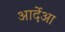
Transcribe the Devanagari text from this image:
आर्देआ